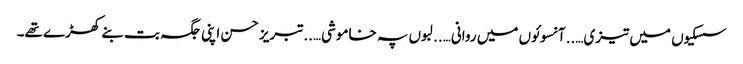
سسکیوں میں تیزی…..آنسوئوں میں روانی…..لبوں پہ خاموشی…..تبریز حسن اپنی جگہ بت بنے کھڑے تھے۔